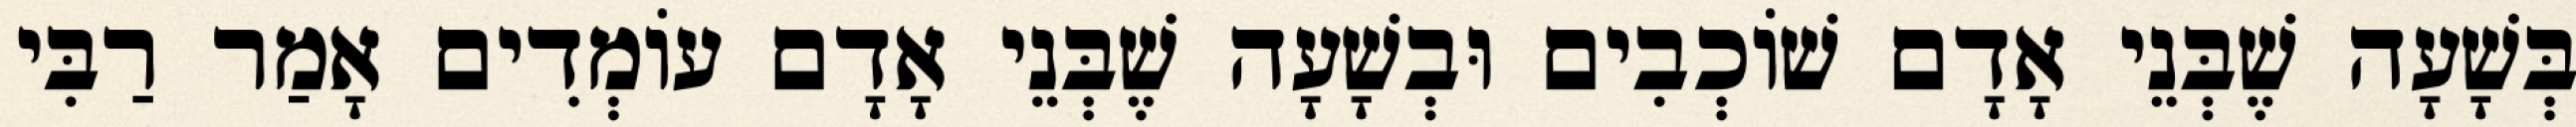
בְּשָׁעָה שֶׁבְּנֵי אָדָם שׁוֹכְבִים וּבְשָׁעָה שֶׁבְּנֵי אָדָם עוֹמְדִים אָמַר רַבִּי